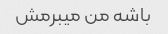
باشه من میبرمش